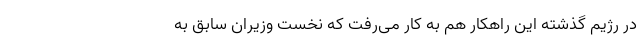
در رژیم گذشته این راهکار هم به کار می‌رفت که نخست وزیران سابق به